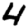
Digit: 4